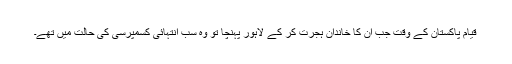
قیام پاکستان کے وقت جب ان کا خاندان ہجرت کر کے لاہور پہنچا تو وہ سب انتہائی کسمپرسی کی حالت میں تھے۔